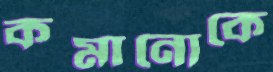
কমানোকে